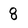
Character: 8